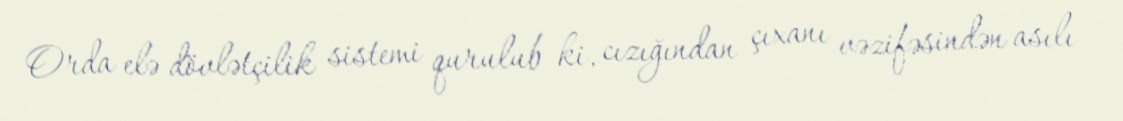
Orda elə dövlətçilik sistemi qurulub ki, cızığından çıxanı vəzifəsindən asılı